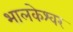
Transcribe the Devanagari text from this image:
भालकेश्वर